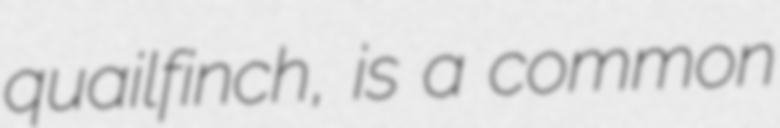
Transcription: quailfinch, is a common